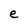
Character: e